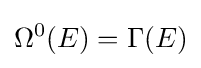
\Omega ^{0}(E)=\Gamma (E)